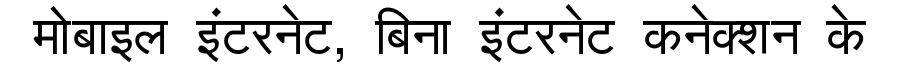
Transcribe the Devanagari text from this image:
मोबाइल इंटरनेट, बिना इंटरनेट कनेक्शन के